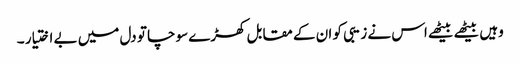
وہیں بیٹھے بیٹھے اس نے زیبی کو ان کے مقابل کھڑے سوچا تو دل میں بے اختیار ۔